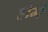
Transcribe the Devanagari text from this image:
होर्म